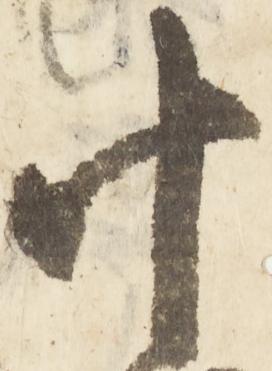
十